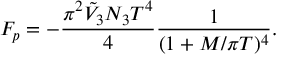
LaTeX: F _ { p } = - \frac { \pi ^ { 2 } \tilde { V } _ { 3 } N _ { 3 } T ^ { 4 } } { 4 } \frac { 1 } { ( 1 + M / \pi T ) ^ { 4 } } .